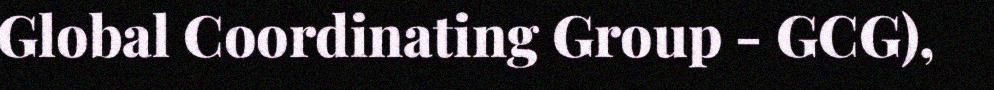
Global Coordinating Group - GCG),